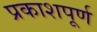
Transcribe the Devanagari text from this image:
प्रकाशपूर्ण